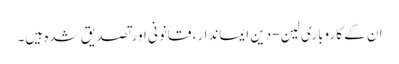
ان کے کاروباری لین-دین ایماندار، قانونی اور تصدیق شدہ ہیں۔